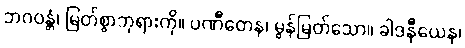
ဘဂဝန္တံ၊ မြတ်စွာဘုရားကို။ ပဏီတေန၊ မွန်မြတ်သော။ ခါဒနီယေန၊